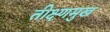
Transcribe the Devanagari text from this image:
तीक्ष्णमुख